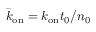
\bar { k } _ { \mathrm { o n } } = k _ { \mathrm { o n } } t _ { 0 } / n _ { 0 }